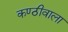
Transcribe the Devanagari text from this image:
कण्ठीवाला